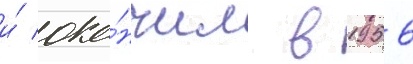
и́ око́нчил в 1956